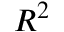
R ^ { 2 }